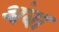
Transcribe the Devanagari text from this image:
थंबा